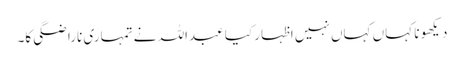
دیکھو نا کہاں کہاں نہیں اظہار کیا عبداللہ نے تمہاری ناراضگی کا۔